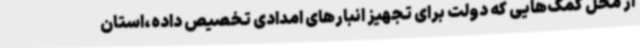
از محل کمک‌هایی که دولت برای تجهیز انبارهای امدادی تخصیص داده،استان